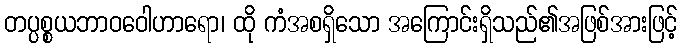
တပ္ပစ္စယဘာဝဝေါဟာရော၊ ထို ကံအစရှိသော အကြောင်းရှိသည်၏အဖြစ်အားဖြင့်